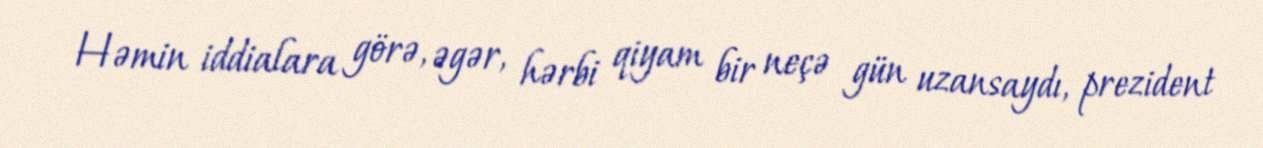
Həmin iddialara görə, əgər, hərbi qiyam bir neçə gün uzansaydı, prezident